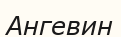
Ангевин